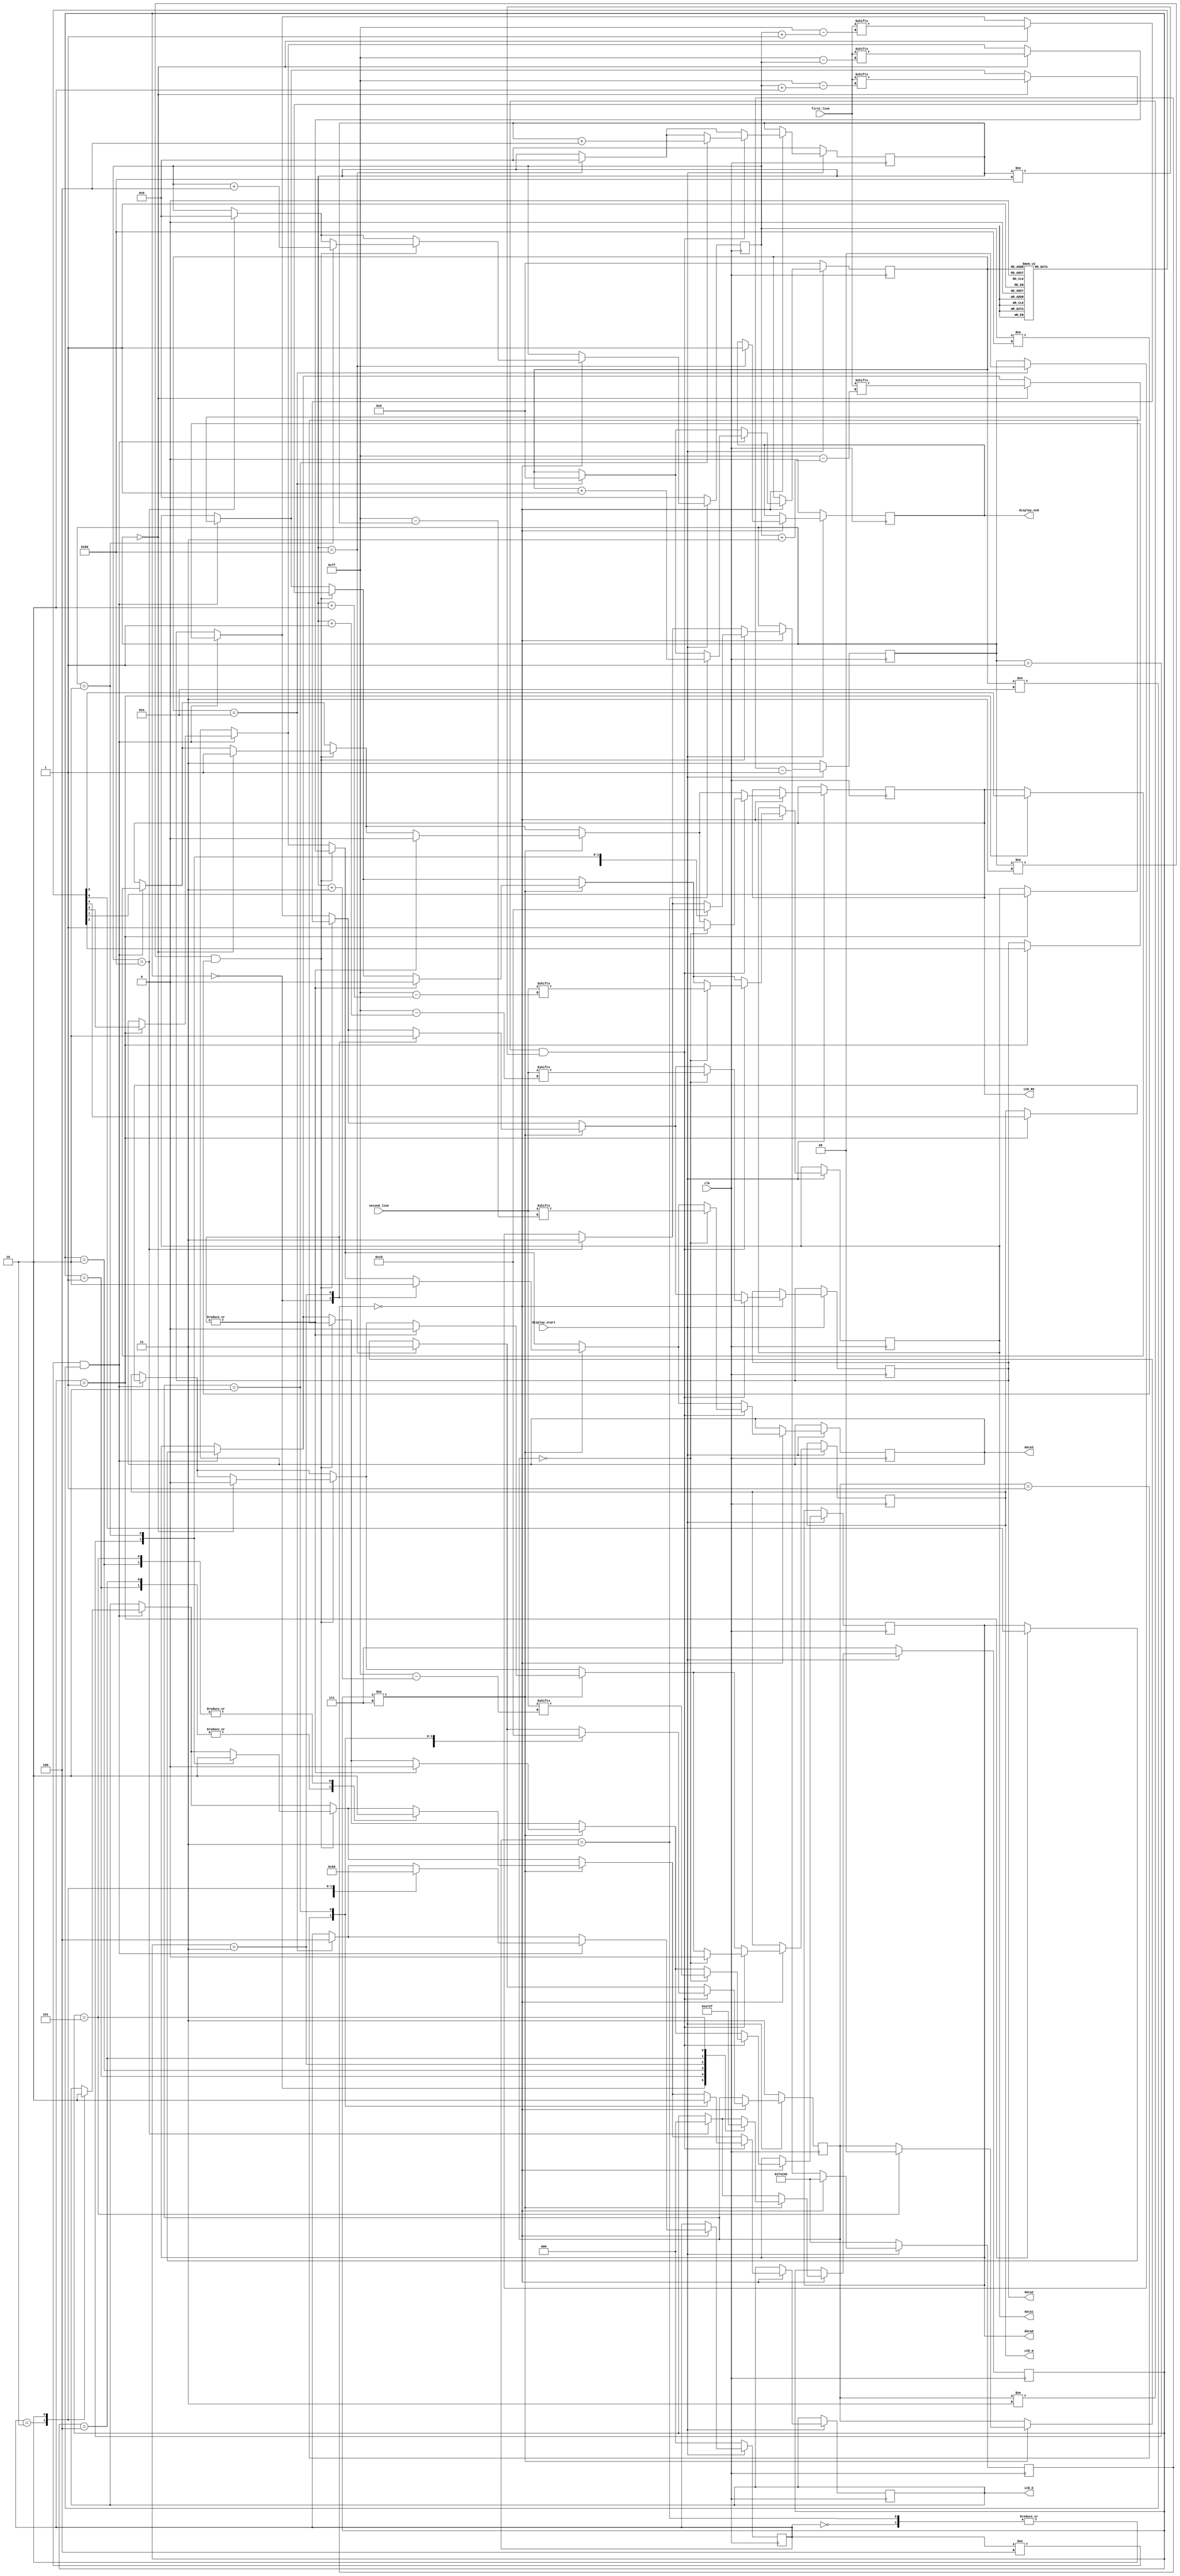
`timescale 1ns / 1ps
//////////////////////////////////////////////////////////////////////////////////
// Company: 
// Engineer: 
// 
// Design Name: 
// Module Name:    display 
// Project Name: 
// Target Devices: 
// Tool versions: 
// Description: 
//
// Dependencies: 
//
// Revision: 
// Revision 0.01 - File Created
// Additional Comments: 
//
//////////////////////////////////////////////////////////////////////////////////
module display(first_line, second_line, display_start, clk, LCD_RS, LCD_W, LCD_E, data0, data1, data2, data3, display_end
    );

   input display_start, clk;
   input [0:127] first_line;
	input [0:127] second_line;
	output reg LCD_RS, LCD_W, LCD_E, data0, data1, data2, data3, display_end;

	reg [7:0] index1;
	reg [7:0] index2;
	reg [1:0] state1;
	reg [1:0] state2;
	reg [2:0] next_state;
	reg [2:0] line_break_state;
	reg [31:0] counter;
	reg [5:0] ROM [0:13];
	reg [3:0] ROM_index;
	 
	// Initialization code
	initial begin
	   index1 = 0;
		index2 = 0;
		state1 = 3;
		state2 = 3;
		counter = 1000000;
		next_state = 0;
		line_break_state = 7;
		display_end = 0;
	end
	initial begin
		ROM_index = 0;
		ROM[0] = 6'h03;
		ROM[1] = 6'h03;
		ROM[2] = 6'h03;
		ROM[3] = 6'h02;
		ROM[4] = 6'h02;
		ROM[5] = 6'h08;
		ROM[6] = 6'h00;
		ROM[7] = 6'h06;
		ROM[8] = 6'h00;
		ROM[9] = 6'h0c;
		ROM[10] = 6'h00;
		ROM[11] = 6'h01;
		ROM[12] = 6'h08;
		ROM[13] = 6'h00;
	end
	
	always @(posedge clk) begin
	   if (display_start == 0) begin
			index1 <= 0;
			index2 <= 0;
			state1 <= 3;
			state2 <= 3;
			counter <= 1000000;
			next_state <= 0;
			line_break_state <= 7;
			display_end <= 0;
			ROM_index <= 0;
		end
		
		else if (display_start == 1) begin
			if (counter == 0) begin
				counter <= 1000000;
	
				// Initialization
				if (ROM_index == 14) begin
					next_state <= 4;
					ROM_index <= 0;
					state1 <= 0;
				end
					
				if ((next_state != 4) && (ROM_index != 14)) begin
					case (next_state)
						0: begin
							LCD_E <= 0;
							next_state <= 1;
							end
				
						1: begin
							{LCD_RS, LCD_W, data3, data2, data1, data0} <= ROM[ROM_index];
							next_state <= 2;
							end
				
						2: begin
							LCD_E <= 1;
							next_state <= 3;
							end
						
						3: begin
							LCD_E <= 0;
							next_state <= 1;
							ROM_index <= ROM_index + 1;
							end
					endcase
				end
	
				// First line
				if (index1 == 128) begin
					state1 <= 3;
					index1 <= 0;
					line_break_state <= 0;
				end
				if ((state1 != 3) && (index1 != 128)) begin
					case (state1)
					0: begin
						{LCD_RS, LCD_W} <= 2'h2;
						data3 <= first_line[index1];
 						data2 <= first_line[index1+1];
						data1 <= first_line[index1+2];
						data0 <= first_line[index1+3];
						state1 <= 1;
						end
				
					1: begin
						LCD_E <= 1;
						state1 <= 2;
						end
			
					2: begin
						LCD_E <= 0;
						state1 <= 0;
						index1 <= index1+4;
						end
					endcase
				end
			
				// Line break 
				if (line_break_state != 7) begin
					case (line_break_state)
					0: begin
						{LCD_RS, LCD_W, data3, data2, data1, data0} <= 6'h0c;
						line_break_state <= 1;
						end
					
					1: begin
						LCD_E <= 1;
						line_break_state <= 2;
						end
					
					2: begin
						LCD_E <= 0;
						line_break_state <= 3;
						end
					
					3: begin
						{LCD_RS, LCD_W, data3, data2, data1, data0} <= 6'h00;
						line_break_state <= 4;
						end
					
					4: begin
						LCD_E <= 1;
						line_break_state <= 5;
						end
					
					5: begin
						LCD_E <= 0;
						line_break_state <= 7;
						state2 <= 0;
						end
					endcase
				end
	
		      // Second line 
				if (index2 == 128) begin
					state2 <= 3;
					index2 <= 0;
					display_end <= 1;
				end
				if ((state2 != 3) && (index2 != 128)) begin
					case (state2)
					0: begin
						{LCD_RS, LCD_W} <= 2'h2;
						data3 <= second_line[index2];
 						data2 <= second_line[index2+1];
						data1 <= second_line[index2+2];
						data0 <= second_line[index2+3];
						state2 <= 1;
						end
			
					1: begin
						LCD_E <= 1;
						state2 <= 2;
						end
			
					2: begin
						LCD_E <= 0;
						state2 <= 0;
						index2 <= index2+4;
						end
					endcase
				end
			end
			else begin 
				counter <= counter - 1;
			end
		end
	end

endmodule